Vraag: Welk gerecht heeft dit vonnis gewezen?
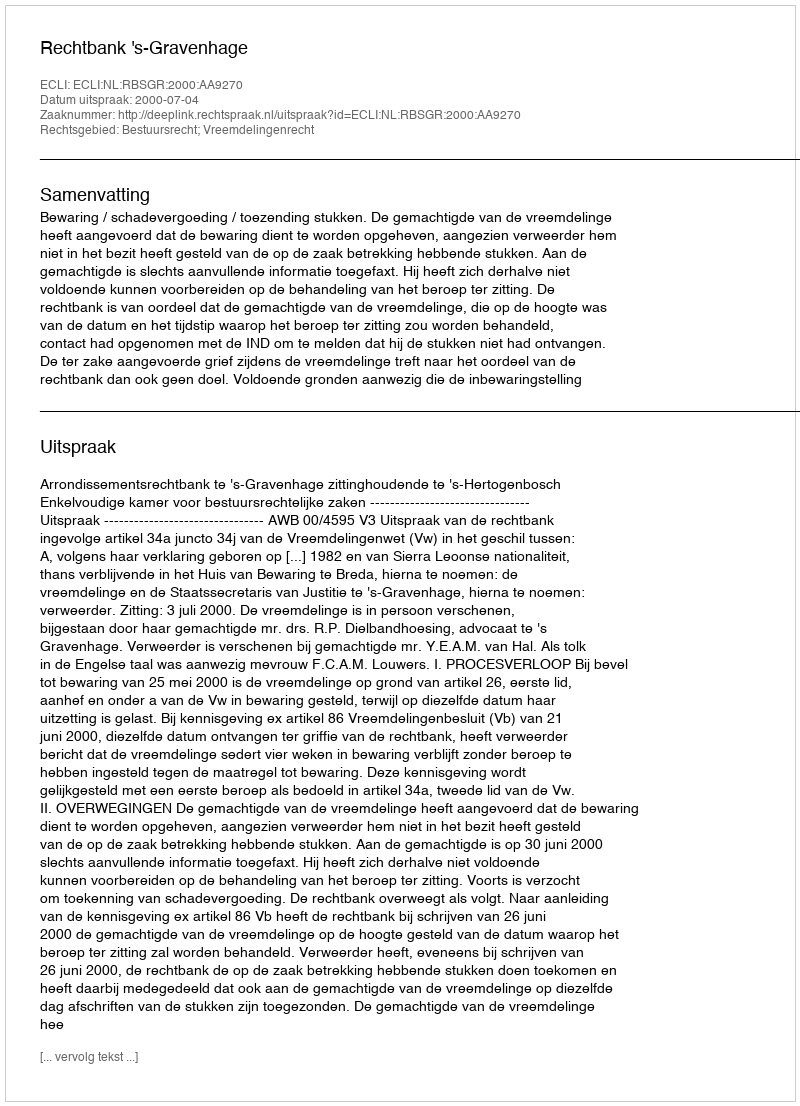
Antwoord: Rechtbank 's-Gravenhage